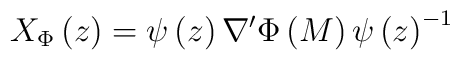
X_\Phi \left( z\right) =\psi \left( z\right) \nabla ^{\prime}\Phi \left( M\right) \psi \left( z\right) ^{-1}